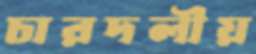
চারদলীয়